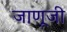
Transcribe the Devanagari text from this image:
जाणूजी